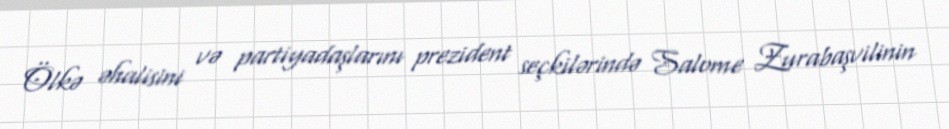
Ölkə əhalisini və partiyadaşlarını prezident seçkilərində Salome Zurabaşvilinin